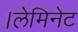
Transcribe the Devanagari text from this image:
।लेमिनेट